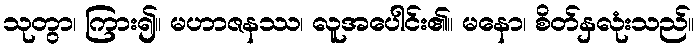
သုတွာ၊ ကြား၍။ မဟာဇနဿ၊ လူအပေါင်း၏။ မနော၊ စိတ်နှလုံးသည်။